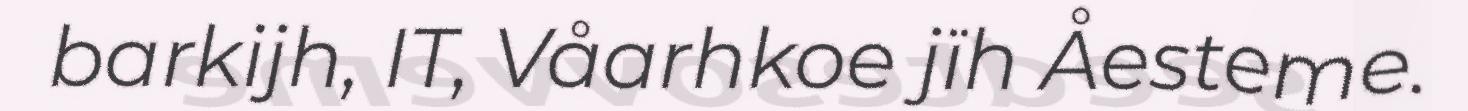
barkijh, IT, Våarhkoe jïh Åesteme.